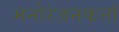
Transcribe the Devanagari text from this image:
मनोरंजनकर्त्ता